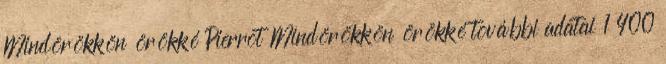
Mindörökkön örökké Pierrot Mindörökkön örökké további adatai 1 400